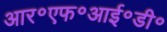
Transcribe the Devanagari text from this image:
आर॰एफ॰आई॰डी॰